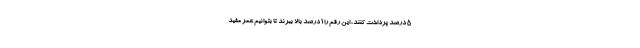
۵ درصد پرداخت کنند، این رقم را ۱ درصد بالا ببرند تا بتوانیم عمر مفید